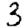
Digit: 3